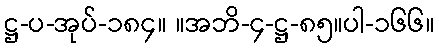
ဋ္ဌ-ပ-အုပ်-၁၈၄။ ။အဘိ-၄-ဋ္ဌ-၈၅။ပါ-၁၆၆။